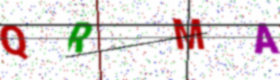
Text: QRMA